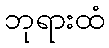
ဘုရားထံ